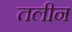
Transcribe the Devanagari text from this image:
तलीन